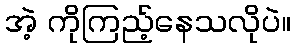
အဲ့ ကိုကြည့်နေသလိုပဲ။